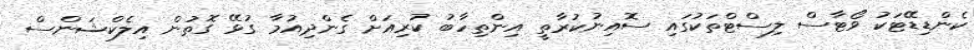
ކެންޑިޑޭޓަކު ވޯޓާސް ލިސްޓްތަކުގައި ސޮއިނުކުރާތީ އިންތިހާބު ކުރިއަށް ގެންދިއުމާ ގުޅޭ ގޮތުން އިލެކްޝަންސް